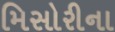
મિસોરીના